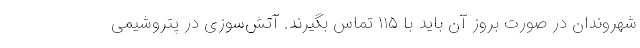
شهروندان در صورت بروز آن باید با ۱۱۵ تماس بگیرند. آتش‌سوزی در پتروشیمی